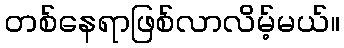
တစ်နေရာဖြစ်လာလိမ့်မယ်။